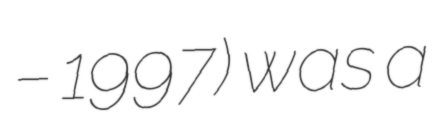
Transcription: – 1997) was a